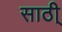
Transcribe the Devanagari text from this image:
साठी्